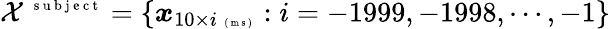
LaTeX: \mathcal X^{\mathrm{~\scriptsize~s~u~b~j~e~c~t~}}=\{ \boldsymbol x_{10\times i\mathrm{~\tiny~(~m~s~)~}}:i=-1999,-1998,\cdots,-1\}